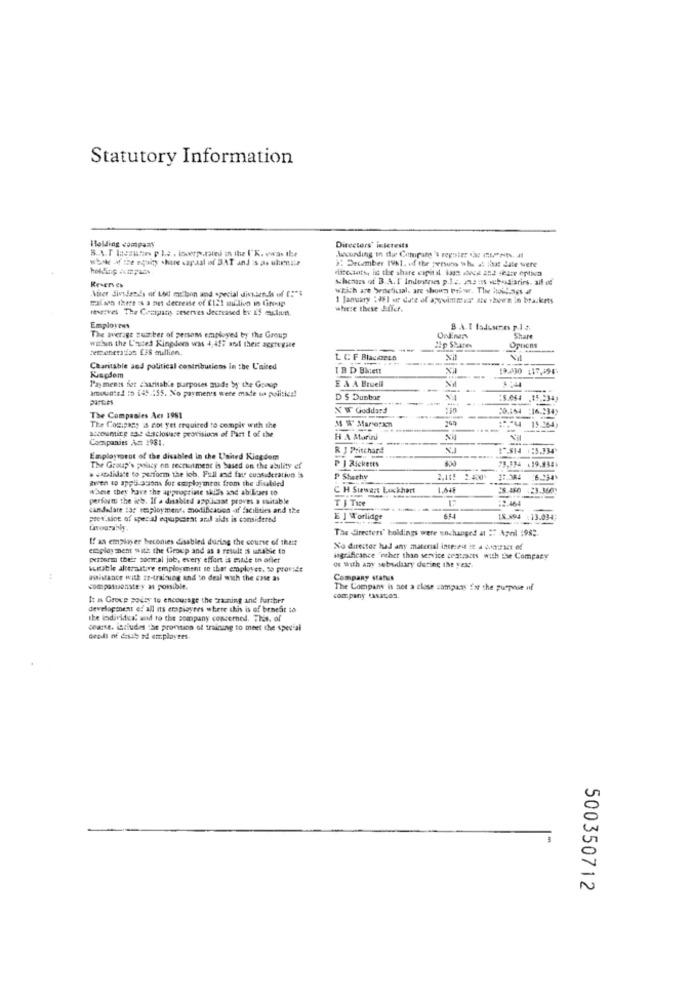
Statutory Information
Holding company
Directors' interests
wbake of the equity share capaal ist BAT and sas uhreur
Securding in the Company's reporter az muPets. at
1 December 1981. od the persons who di Kut Site were
Reverses
whenas of B.A.I Industries p.I.z. As its subsidiaries, alf de
Auer dividends or Lod me bon and special dividends of :"$
which are Werdetkcal, are shown priwr. The boiliass it
galon there 's het decrease of Klet aufdion in Gini-tp
1 January "IEl ar date of apwimmer are shown in brackets
reserves The Company seserves decreased by IS mudiun
where these Juffer.
Employeus
B.4. I ladeseries p.1 3
The average cumber of persom employed by the Group
Share
Demeneradas ES mallien.
within the Listed Kingders was 4,417 ans their aggregate
--
Options
L CF Blackein
Charitable and political contributions in the L'nited
19.430 117,195
Kapdem
amounted :5 €45.155. No payments were made to politie !!
Payments for charitable purposes made by the Goaup
E A A Brueil
D 'S Dunbar
:5.064 .14,234)
X W Goddard
The Companies Acı 1981
M W Mare:xn
--
:. "44 15.264)
The Comipasy is not yet required to comply with the
accounting ane disclosure provisions of Part I of the
Companies A= 1981.
HA Marini
R J Pritchard
#S14 1:5.734
Employroent of the disabled in the United Kingdom
P J Ricketts
The Group's polacy on recruitment is based on the ability ef
aven to appis-som for employment from the fielded
. +kdilatt to perform the ich, Full and fair cuatiderativo is
P Shethy
2,105 2.400
6.134%
where they have the approprime skills and abilones to
C H Siwart Lockhart
-
28 450 23.360
perform the ich. If a disabled applicast proves a suitable
TI Tice
candelare :32 resployment. modification -if facilities and the
:2.464
pret.sice of special equipment and aids is considered
E ] Worlidge
65
18.894 : 13.034
Tas directers' boldings were unchanged at :" Apol :98:
If as empinger beconies disabled during the course of their
employment with the Group and as a result at undbie to
No director had any material inte:eu E 4 warmset of
performs their somral job, every effort is made in ofler
ingrificance "other than service orstraits with the Company
os With any sebeduary during the year.
suitable alttraitve employment to that employee. to provide
asistance with ze-training and to deal with the case as
Company status
compassionste y as possible.
The Company is not a clase company for the purpose of
It is Group podsy to encourage the Training and further
company (sacos.
development e: all ns erspiovees where this is of benefit to
the individual send ro the company concerned. That, of
coarse. Otludes the provision of training to meet the special
dendi of dasth ad employees.
500350712